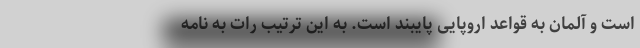
است و آلمان به قواعد اروپایی پایبند است. به این ترتیب رات به نامه